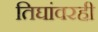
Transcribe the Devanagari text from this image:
तिघांवरही